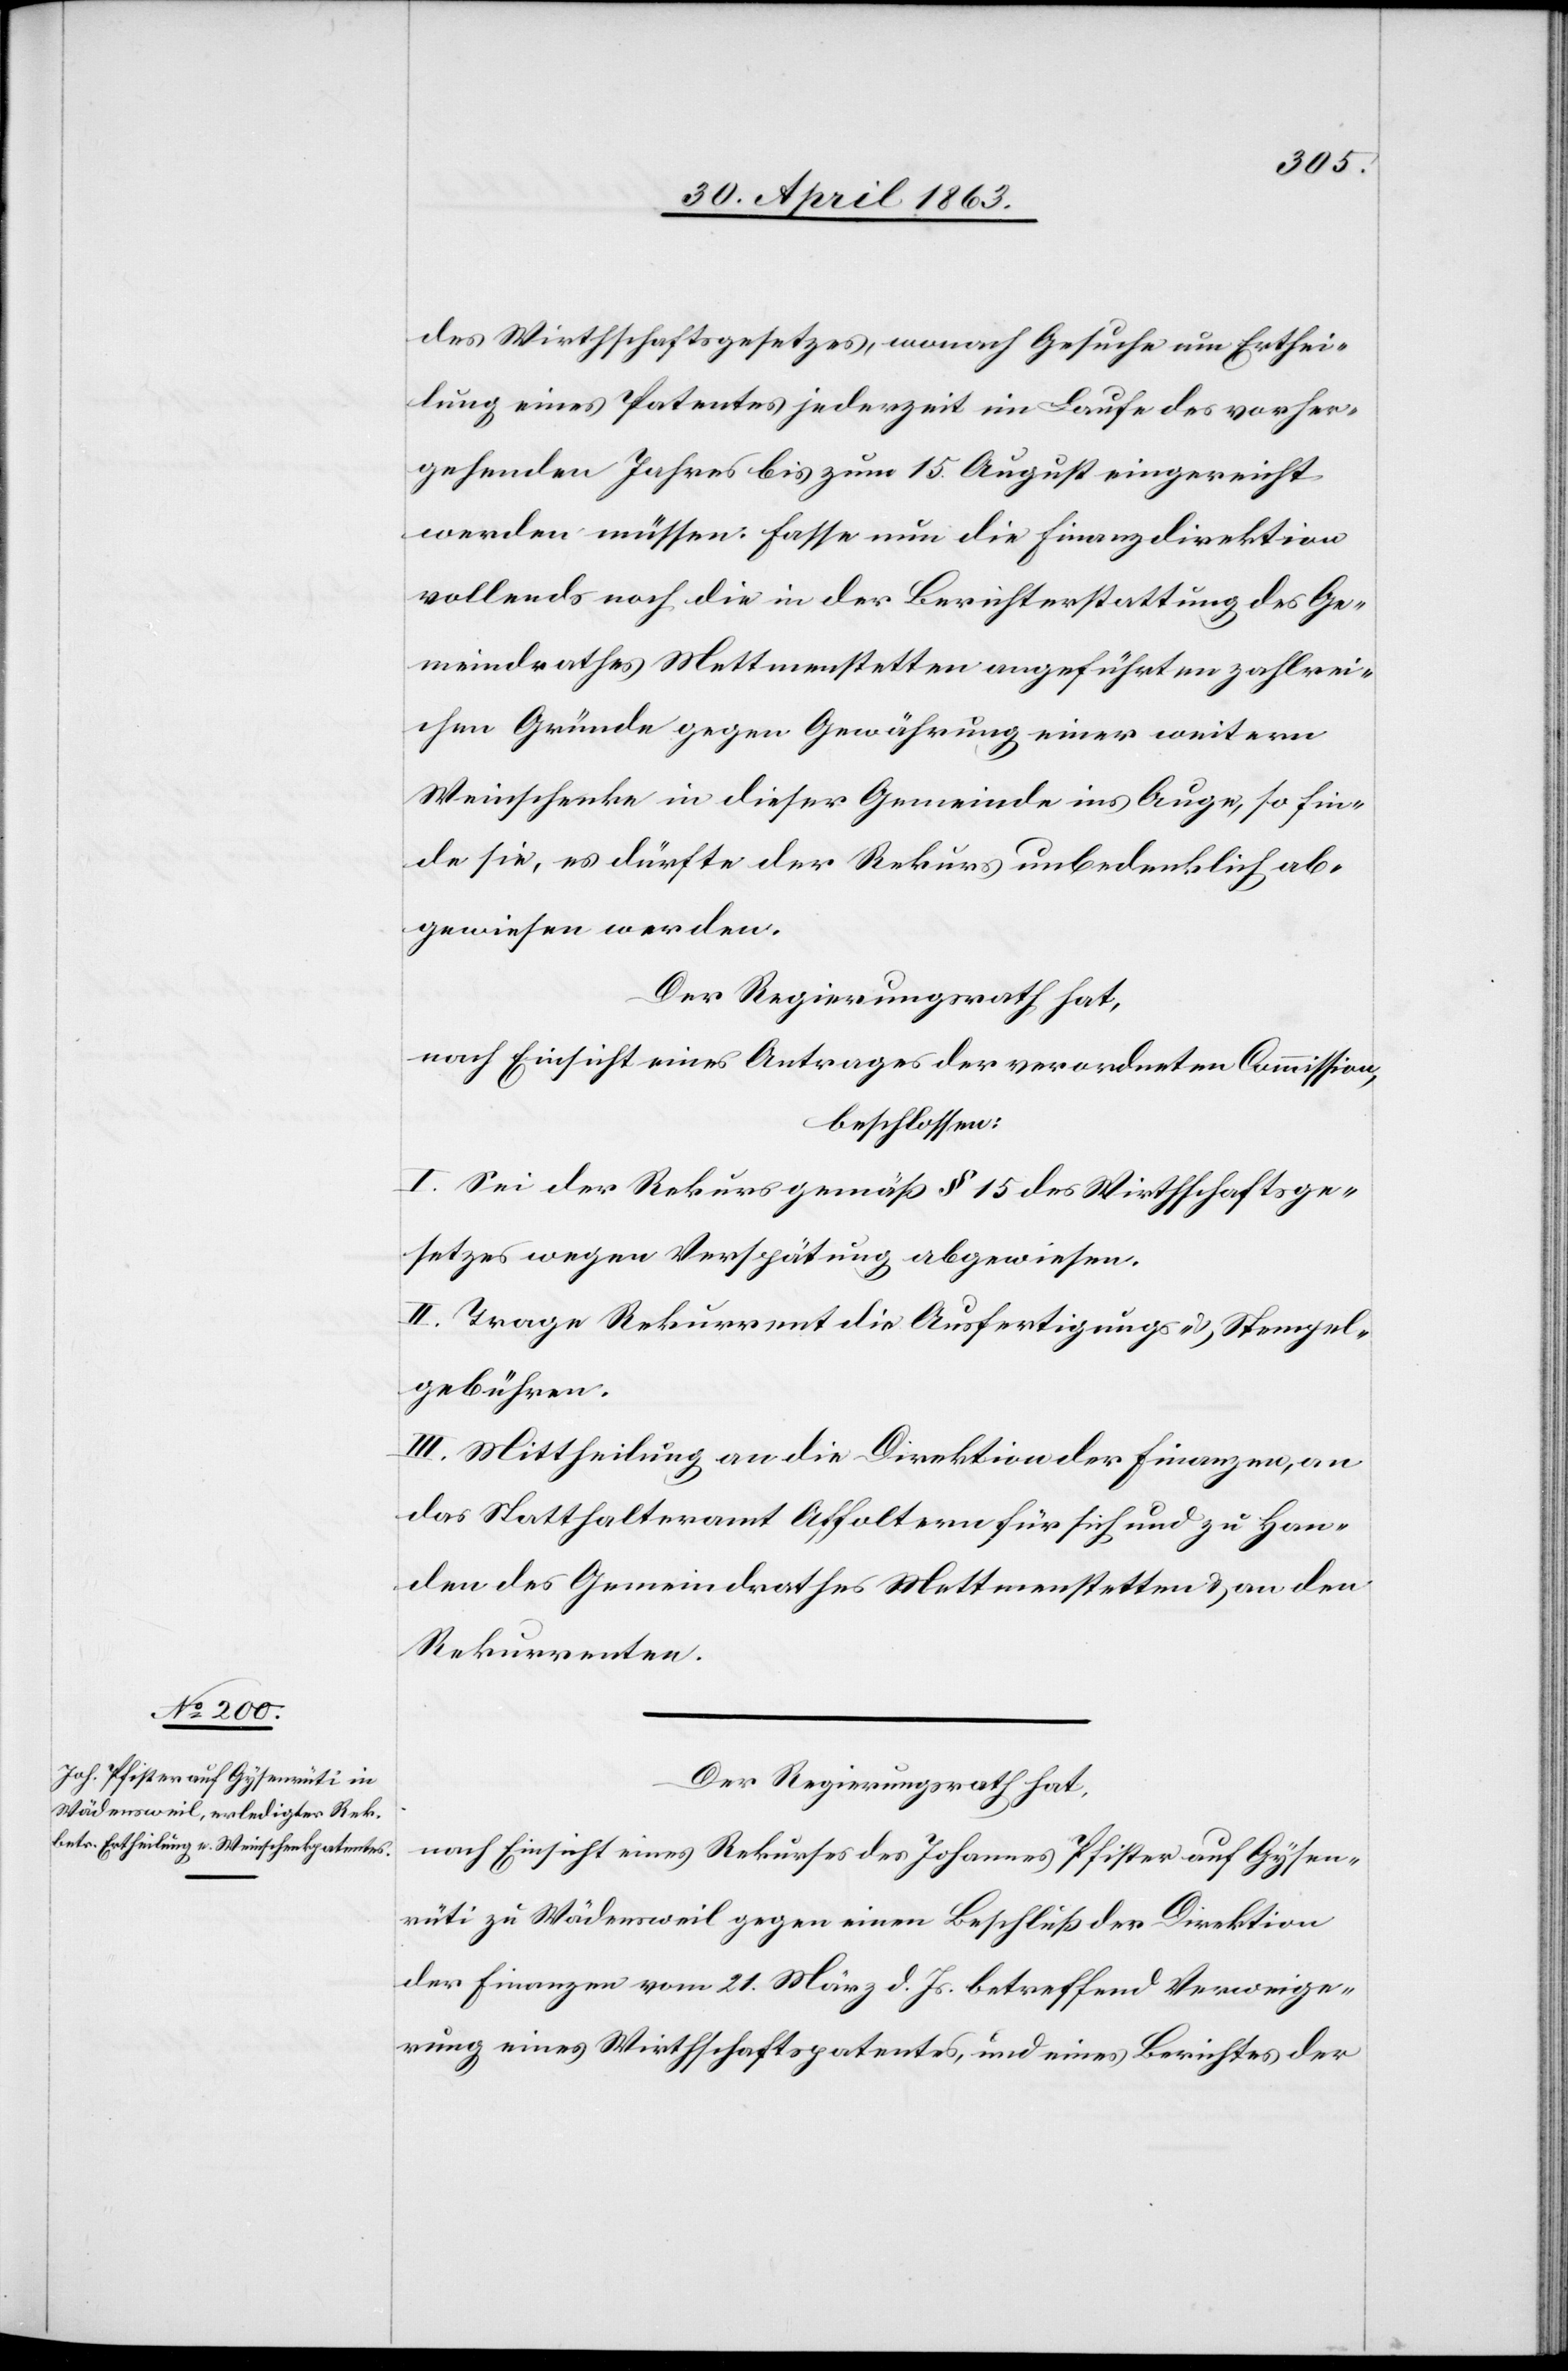
des Wirthschaftsgesetzes, wonach Gesuche um Erthei¬
lung eines Patentes jederzeit im Laufe des vorher¬
gehenden Jahres bis zum 15. August eingereicht
werden müssen. Fasse nun die Finanzdirektion
vollends noch die in der Berichterstattung des Ge¬
meindrathes Mettmenstetten angeführten zahlrei¬
chen Gründe gegen Gewährung einer weitern
Weinschenke in dieser Gemeinde ins Auge, so fin¬
de sie, es dürfte der Rekurs unbedenklich ab¬
gewiesen werden.“
Der Regierungsrath hat,
nach Einsicht eines Antrages der verordneten Commission,
beschlossen:
I. Sei der Rekurs gemäß § 15 des Wirthschaftsge¬
setzes wegen Verspätung abgewiesen.
II. Trage Rekurrent die Ausfertigungs- & Stempel¬
gebühren.
III. Mittheilung an die Direktion der Finanzen, an
das Statthalteramt Affoltern für sich und zu Han¬
den des Gemeindrathes Mettmenstetten & an den
Rekurrenten.
Der Regierungsrath hat,
nach Einsicht eines Rekurses des Johannes Pfister auf Gysen¬
rüti zu Wädensweil gegen einen Beschluß der Direktion
der Finanzen vom 21. März d. Js. betreffend Verweige¬
rung eines Wirthschaftspatentes, und eines Berichtes der